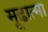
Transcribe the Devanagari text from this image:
मूढात्मा